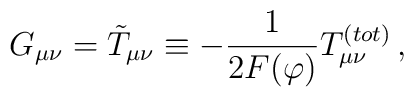
G_{\mu \nu} = \tilde{T}_{\mu \nu} \equiv - \frac{1}{2F(\varphi)}T^{(tot)}_{\mu \nu} \,,